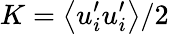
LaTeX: K=\big<u_{i}^{\prime}u_{i}^{\prime}\big>/2